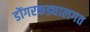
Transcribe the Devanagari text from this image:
डोंगरकड्यालगत